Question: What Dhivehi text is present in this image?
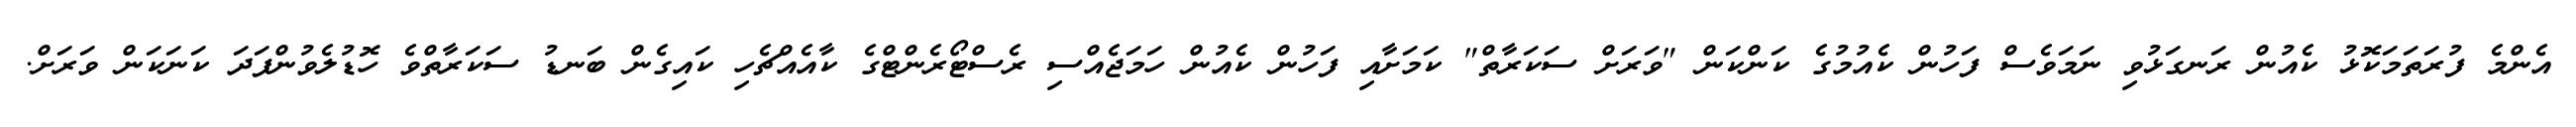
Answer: އެންމެ ފުރަތަމަކޮޅު ކެއުން ރަނގަޅުވި ނަމަވެސް ފަހުން ކެއުމުގެ ކަންކަން "ވަރަށް ސަކަރާތް" ކަމަށާއި ފަހުން ކެއުން ހަމަޖެއްސި ރެސްޓޯރެންޓްގެ ކާއެއްޗެހި ކައިގެން ބަނޑު ސަކަރާތްވެ ހޮޑުލެވުންފަދަ ކަނަކަން ވަރަށް.